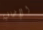
الإضافية